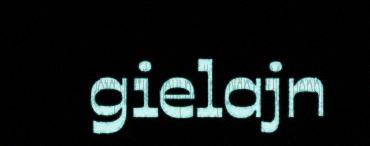
gielajn